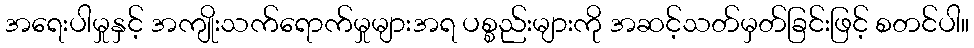
အရေးပါမှုနှင့် အကျိုးသက်ရောက်မှုများအရ ပစ္စည်းများကို အဆင့်သတ်မှတ်ခြင်းဖြင့် စတင်ပါ။